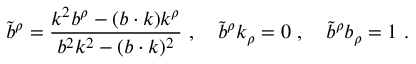
\tilde { b } ^ { \rho } = { \frac { k ^ { 2 } b ^ { \rho } - ( b \cdot k ) k ^ { \rho } } { b ^ { 2 } k ^ { 2 } - ( b \cdot k ) ^ { 2 } } } \ , \quad \tilde { b } ^ { \rho } k _ { \rho } = 0 \ , \quad \tilde { b } ^ { \rho } b _ { \rho } = 1 \ .